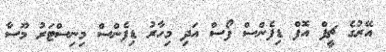
އޭރުގެ ޗީފް އޮފް ޑިފެންސް ފޯސް އަދި މިހާރު ޑިފެންސް މިނިސްޓަރު މޫސާ